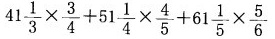
$$4 1 \frac { 1 } { 3 } \times \frac { 3 } { 4 } + 5 1 \frac { 1 } { 4 } \times \frac { 4 } { 5 } + 6 1 \frac { 1 } { 5 } \times \frac { 5 } { 6 }$$